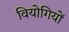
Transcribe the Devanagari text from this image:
वियोगियों